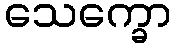
သေက္ခော